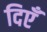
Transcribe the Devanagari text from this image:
दिएँ